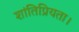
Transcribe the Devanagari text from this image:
शांतिप्रियता।